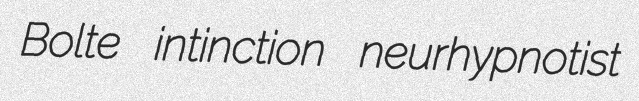
Bolte intinction neurhypnotist